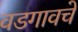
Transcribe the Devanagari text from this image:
वडगावचे